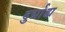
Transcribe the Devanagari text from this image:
दुर्ग्राह्य